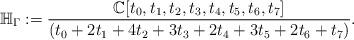
LaTeX: \begin{align*}\mathbb{H}_{\Gamma}:=\frac{\mathbb{C}[t_0,t_1,t_2,t_3,t_4,t_5,t_6,t_7]}{(t_0+2t_1+4t_2+3t_3+2t_4+3t_5+2t_6+ t_7)}.\end{align*}